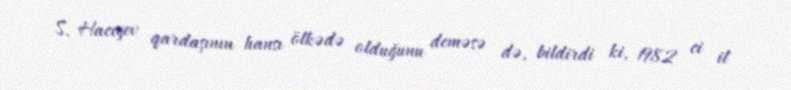
S. Hacıyev qardaşının hansı ölkədə olduğunu deməsə də, bildirdi ki, 1982 ci il